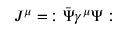
J ^ { \mu } = \, : { \bar { \Psi } } \gamma ^ { \mu } \Psi :